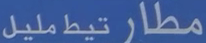
مطار تيط مليل